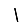
Digit: 1